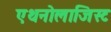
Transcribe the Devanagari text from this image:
एथनोलाजिस्ट